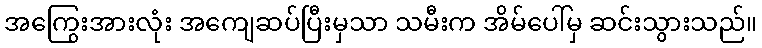
အကြွေးအားလုံး အကျေဆပ်ပြီးမှသာ သမီးက အိမ်ပေါ်မှ ဆင်းသွားသည်။